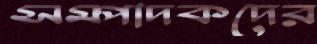
সম্পাদকদের